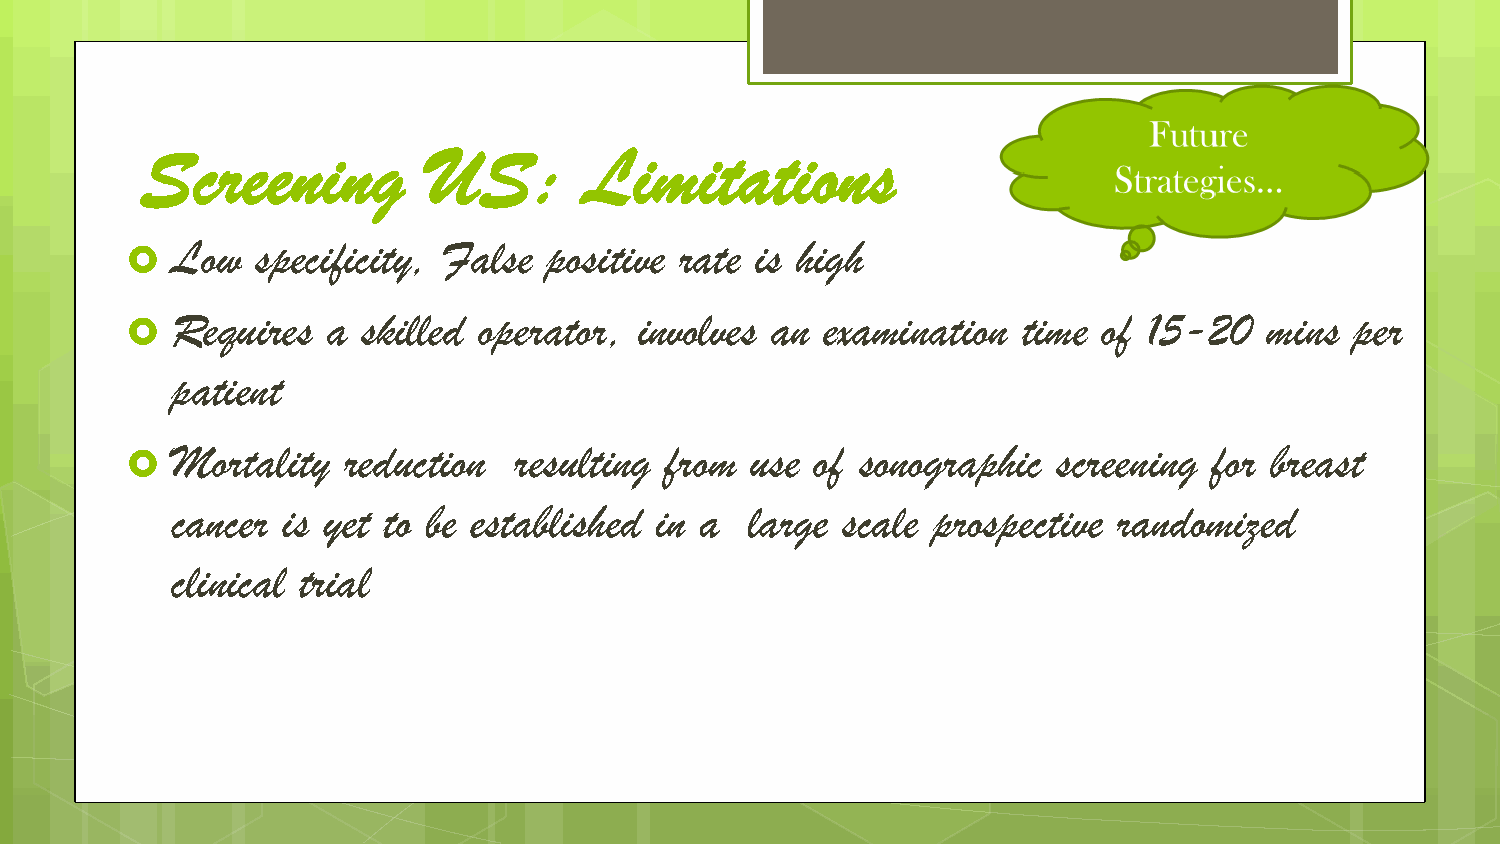
Screening          US:        Limitations
 Low   specificity, False positive rate is high
 
 Requires   a skilled operator, involves an  examination  time of 15-20   mins  per
 
 patient
 Mortality   reduction  resulting from  use of sonographic  screening for breast
 
 cancer  is yet to be established in a large  scale prospective randomized
 clinical trial